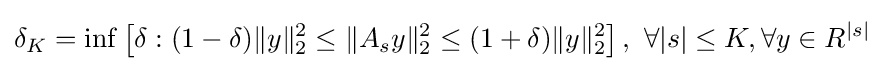
\delta _{K}=\inf \left[\delta :(1-\delta )\|y\|_{2}^{2}\leq \|A_{s}y\|_{2}^{2}\leq (1+\delta )\|y\|_{2}^{2}\right],\ \forall |s|\leq K,\forall y\in R^{|s|}